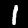
Label: 1